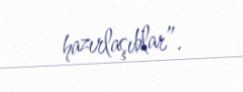
hazırlaşıblar”.